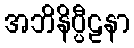
အဘိနိပ္ပီဠနာ